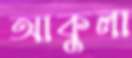
আকুলা